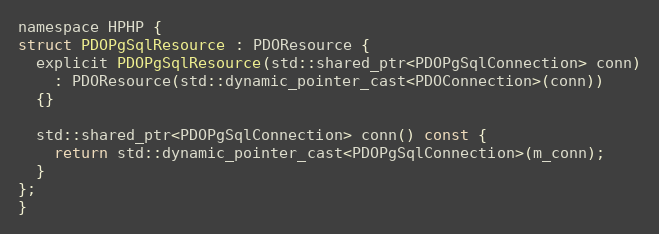
Language: C
namespace HPHP {
struct PDOPgSqlResource : PDOResource {
  explicit PDOPgSqlResource(std::shared_ptr<PDOPgSqlConnection> conn)
    : PDOResource(std::dynamic_pointer_cast<PDOConnection>(conn))
  {}

  std::shared_ptr<PDOPgSqlConnection> conn() const {
    return std::dynamic_pointer_cast<PDOPgSqlConnection>(m_conn);
  }
};
}